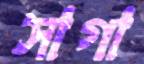
সাগা